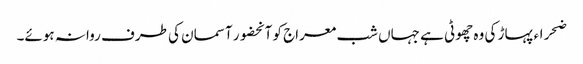
ضحراء پہاڑ کی وہ چھوٹی ہے جہاں شب معراج کو آنحضور آسمان کی طرف روانہ ہوئے۔